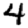
Digit: 4